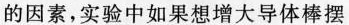
的因素，实验中如果想增大导体棒摆